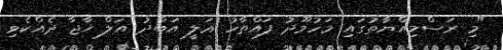
"މި ރަސްމިއްޔާތުގައި މަހުމޫދު ފައްތާހު ޢަލީ އަބްދު އަލް ޚާޖާ ދެއްކެވި